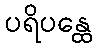
ပရိပန္ထေ